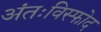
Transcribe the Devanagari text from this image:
अंतःविस्फोद